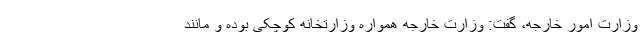
وزارت امور خارجه، گفت: وزارت خارجه همواره وزارتخانه کوچکی بوده و مانند